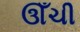
ઊઁચી